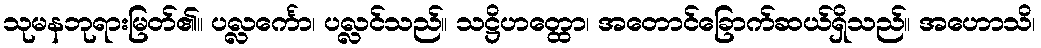
သုမနဘုရားမြတ်၏။ ပလ္လင်္ကော၊ ပလ္လင်သည်။ သဋ္ဌိဟတ္ထော၊ အတောင်ခြောက်ဆယ်ရှိသည်။ အဟောသိ၊